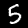
Label: 5